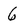
Character: 6